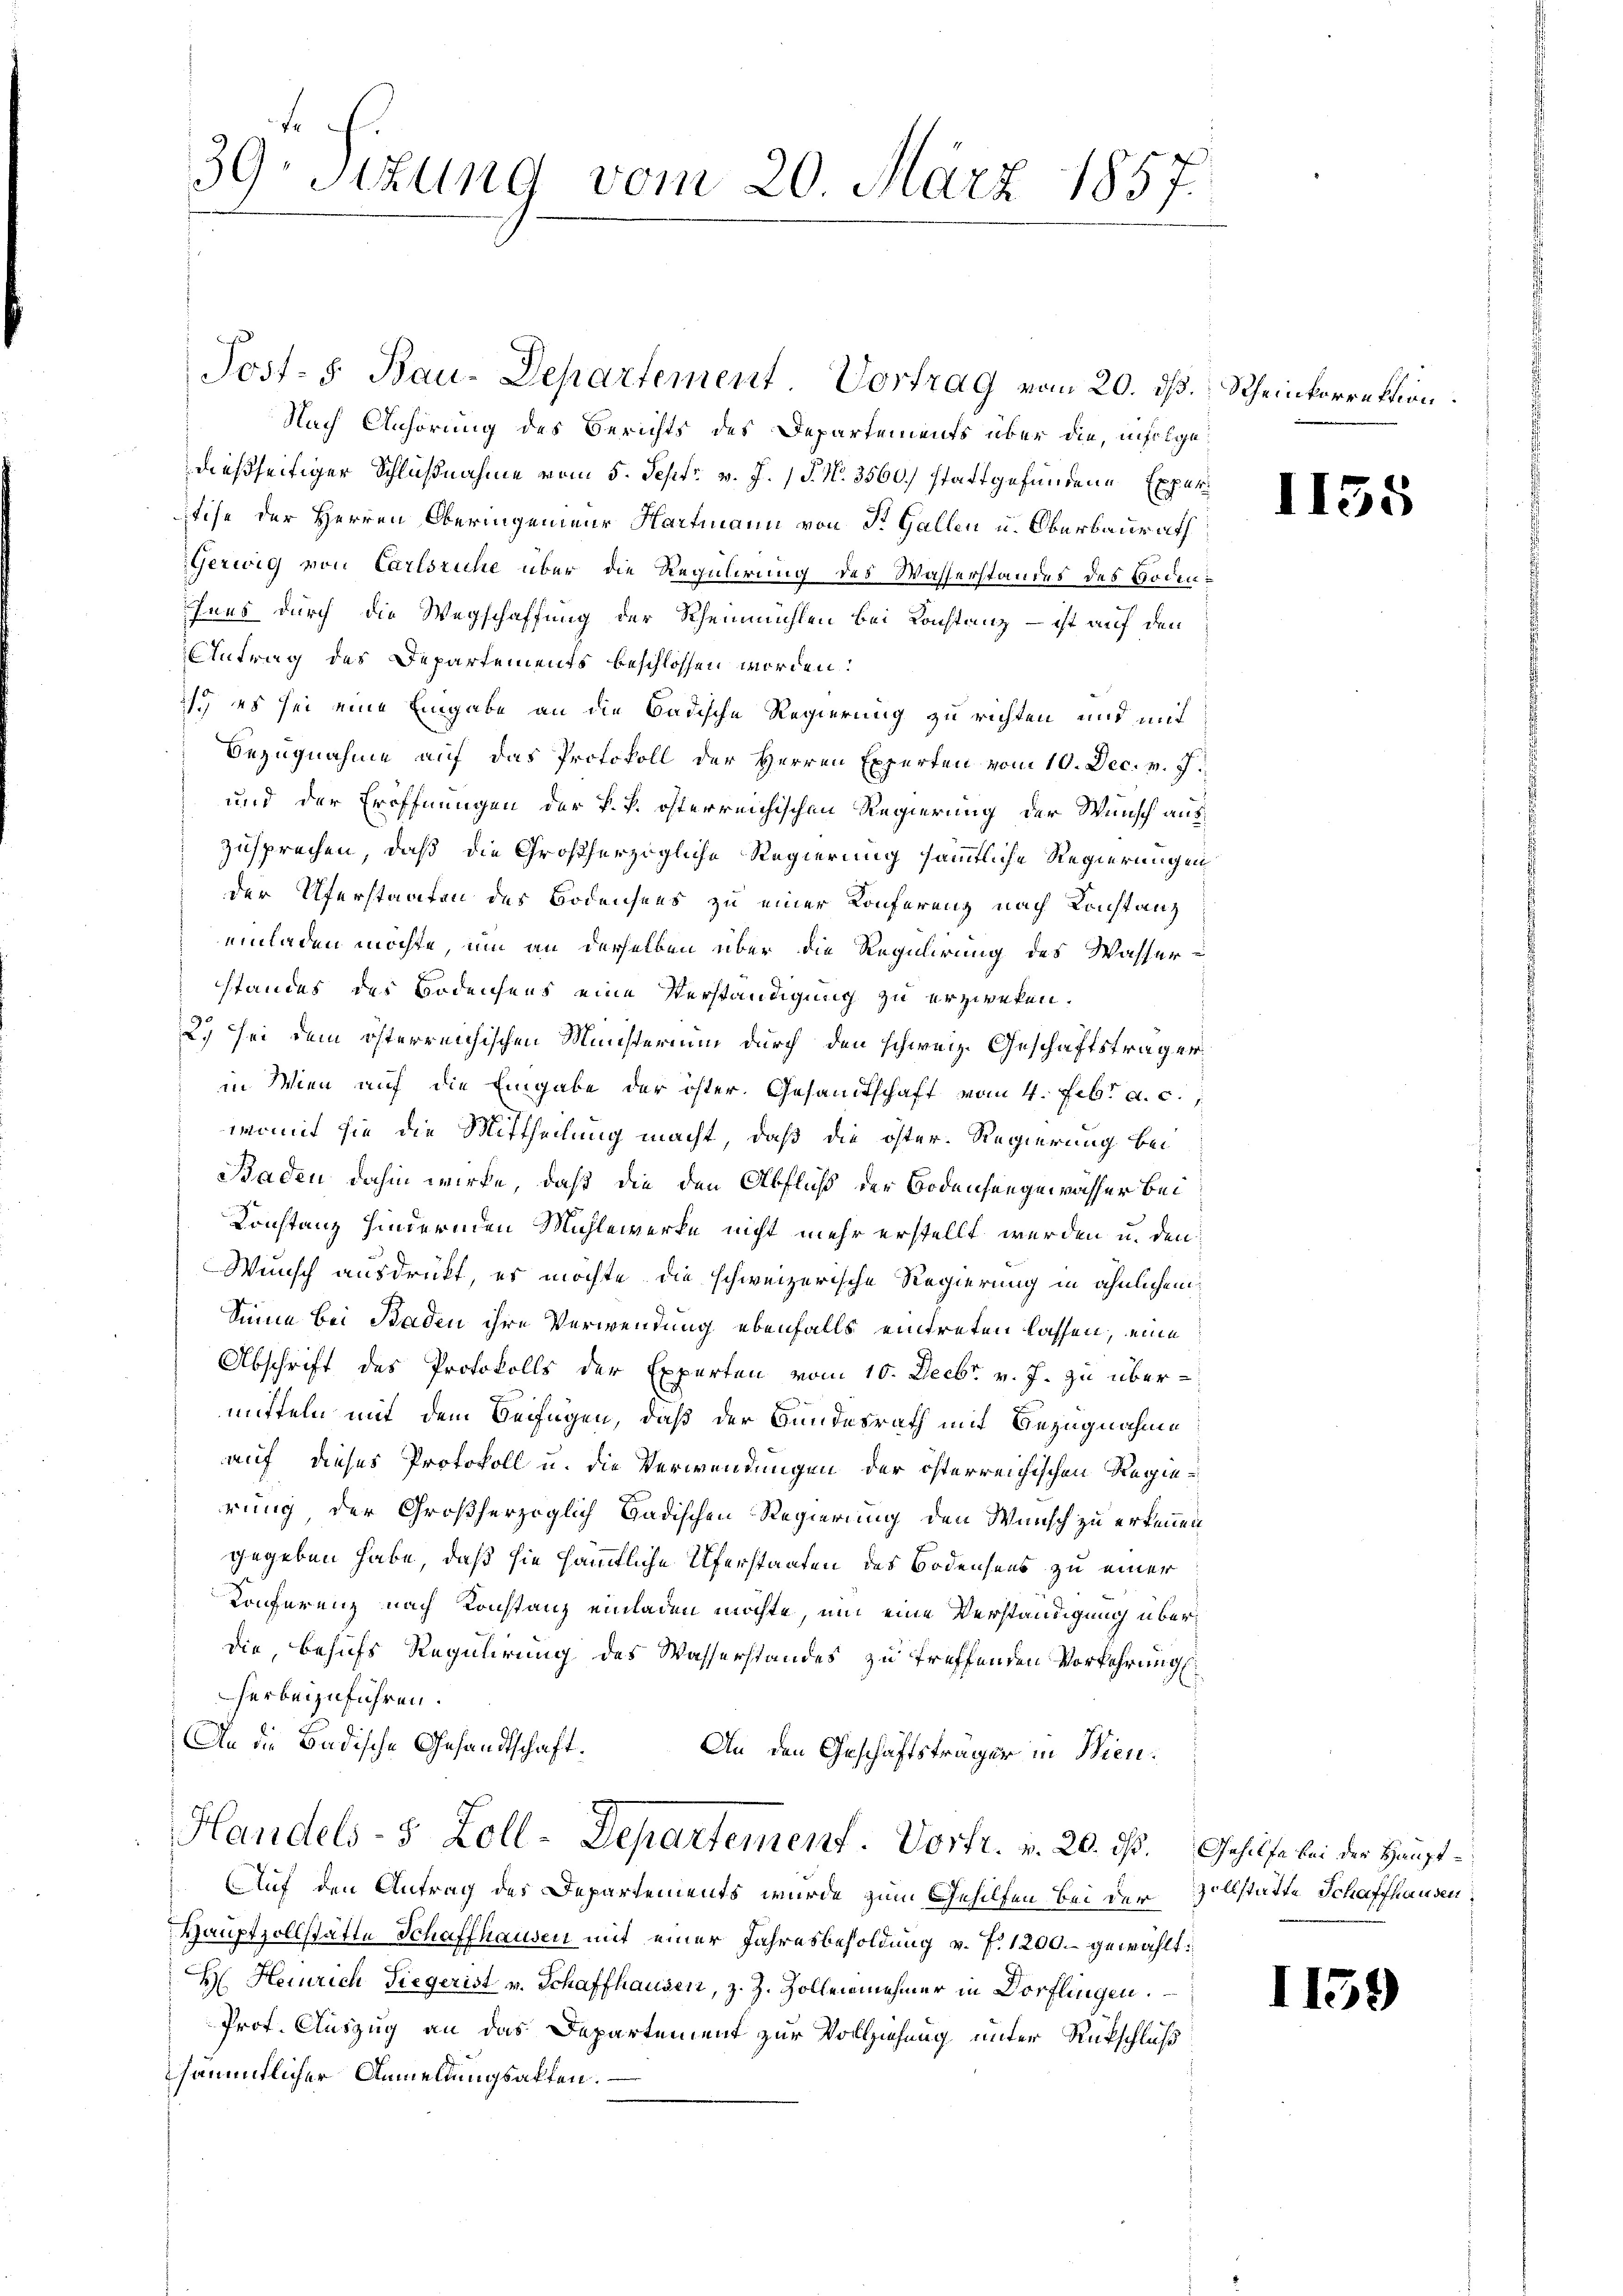
39. Sitzung vom 20. März 1857.

Nach Anhörung des Berichts des Departements über die, infolge
dießseitiger Schlußnahme vom 5. Sept. v. J. P. N. 3560) stattgefundene Experi
tise der Herren Oberingenieur Hartmann von St. Gallen u. Oberbaurath
Gerwig von Carlsruhe über die Regulirung des Wasserstandes des Bodenhens durch die Wegschaffung der Rheinmühlen bei Konstanz – ist auf den
Antrag des Departements beschlossen worden:
) es sei eine Eingabe an die Badische Regierung zu richten und mit
Bezugnahme auf das Protokoll der Herren Experten vom 10. Dec. v. J.
und der Eröffnungen der k. k. österreichischen Regierung der Wunsch aus
zusprechen, daß die Großherzogliche Regierung sämmtliche Regierungen
der Uferstaaten des Bodensees zu einer Konferenz nach Konstanz
einladen möchte, um an derselben über die Regulirung des Wasserstandes des Bodensens eine Verständigung zu erzweken.
2.) sei dem österreichischen Ministerium durch den schweiz. Geschäftsträger
in Wien auf die Eingabe der öster. Gesandtschaft vom 4. Febr. a. c.
womit sie die Mittheilung macht, daß die öster. Regierung bei
Baden dahin wirke, daß die den Abfluß der Bodensengewässer bei
Konstanz hindernden Mühlewerke nicht mehr erstellt werden u. den
Wunsch ausdrückt, es möchte die schweizerische Regierung in ähnlichem
Sinne bei Baden ihre Verwendung ebenfalls eintreten lassen, eine
Abschrift des Protokolls der Experten vom 10. Decbr. v. J. zu übermitteln mit dem Beifügen, daß der Bundesrath mit Bezugnahme
auf dieses Protokoll u. die Verwendungen der österreichischen Regierung, der Großherzoglich badischen Regierung den Wunsch zu erkennen
gegeben habe, daß sie sämmtliche Uferstaaten des Bodensens zu einer
Konferenz nach Konstanz einladen möchte, um eine Verständigung überdie, behufs Regulirung des Wasserstandes zu treffenden Vorkehrungs
herbeizuführen.
An die Badische Gesandtschaft.
An den Geschäftsträger in Wien¬
Handels- 5 Zoll-Departement. Vorfr. v. 20. ds. Gehilfe bei der Haupt¬
Auf den Antrag des Departements wurde zum Gehilfen bei der Vollstatte Schaffhausen,
Hauptzollstätte Schaffhausen mit einer Jahresbesoldung v. J. 1200 gewählt:
H. Heinrich Siegerist v. Schaffhausen, z. Z. Zollenmehrer in Dorflingen.
Prof. Auszug an das Departement zur Vollziehung unter Rückschluß
sämmtlicher Anmeldungsakten.

Post- 5 Bau-Departement Vortrag vom 20. ds.

Rheinkorrektion.

1155

1159